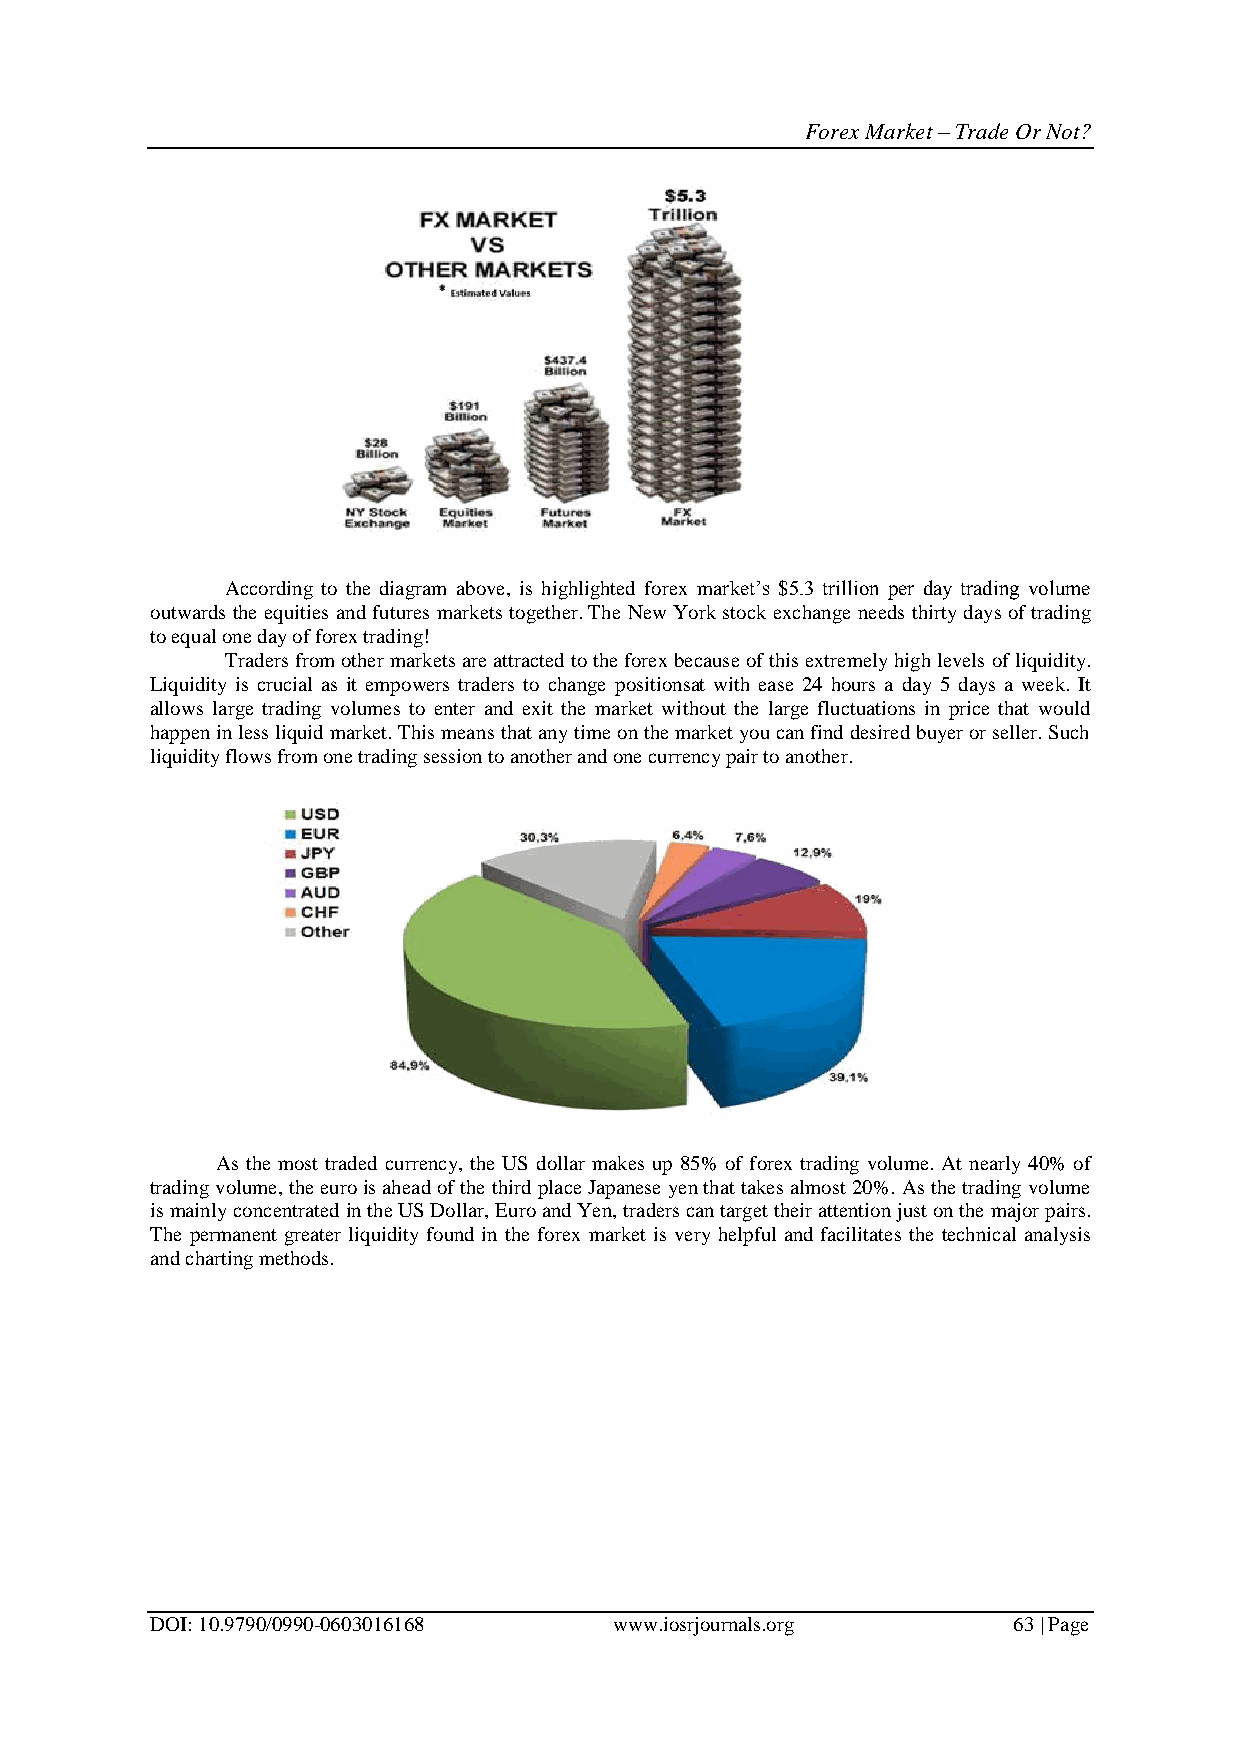
Forex Market – Trade Or Not?
 According to the diagram above, is highlighted forex market’s $5.3 trillion per day trading volume
 outwards the equities and futures markets together. The New York stock exchange needs thirty days of trading
 to equal one day of forex trading!
 Traders from other markets are attracted to the forex because of this extremely high levels of liquidity.
 Liquidity is crucial as it empowers traders to change positionsat with ease 24 hours a day 5 days a week. It
 allows large trading volumes to enter and exit the market without the large fluctuations in price that would
 happen in less liquid market. This means that any time on the market you can find desired buyer or seller. Such
 liquidity flows from one trading session to another and one currency pair to another.
 As the most traded currency, the US dollar makes up 85% of forex trading volume. At nearly 40% of
 trading volume, the euro is ahead of the third place Japanese yen that takes almost 20%. As the trading volume
 is mainly concentrated in the US Dollar, Euro and Yen, traders can target their attention just on the major pairs.
 The permanent greater liquidity found in the forex market is very helpful and facilitates the technical analysis
 and charting methods.
 DOI: 10.9790/0990-0603016168   www.iosrjournals.org      63 | Page